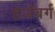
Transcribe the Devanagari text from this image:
हर्ज़बर्ग